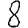
Digit: 8